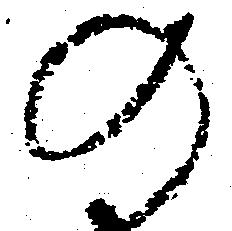
の